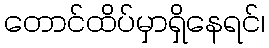
တောင်ထိပ်မှာရှိနေရင်၊